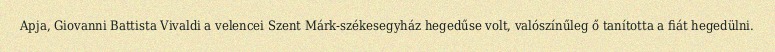
Apja, Giovanni Battista Vivaldi a velencei Szent Márk-székesegyház hegedűse volt, valószínűleg ő tanította a fiát hegedülni.